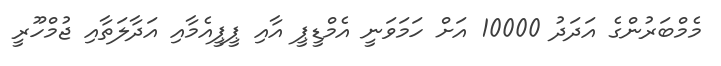
މެމްބަރުންގެ އަދަދު 10000 އަށް ހަމަަވަނީ އެމްޑީޕީ އާއި ޕީޕީއެމާއި އަދާލަތާއި ޖުމްހޫރީ